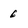
Character: 6